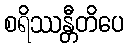
စရိဿန္တီတိပေ